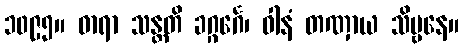
၁၀၉၅။ ဓာရာ သန္တတိ ခဂ္ဂင်္ဂေ၊ ဝါနံ တဏှာယ သိဗ္ဗနေ။